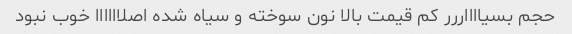
حجم بسیااااررر کم قیمت بالا نون سوخته و سیاه شده اصلاااااا خوب نبود